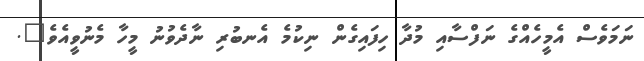
ނަމަވެސް އެމީހެއްގެ ނަފްސާއި މުދާ ހިފައިގެން ނިކުމެ އެނބުރި ނާދެވުނު މީހާ މެނުވީއެވެ".